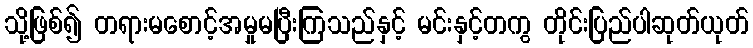
သို့ဖြစ်၍ တရားမစောင့်အမှုမပြီးကြသည်နှင့် မင်းနှင့်တကွ တိုင်းပြည်ပါဆုတ်ယုတ်